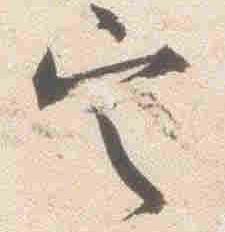
定